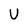
Character: U